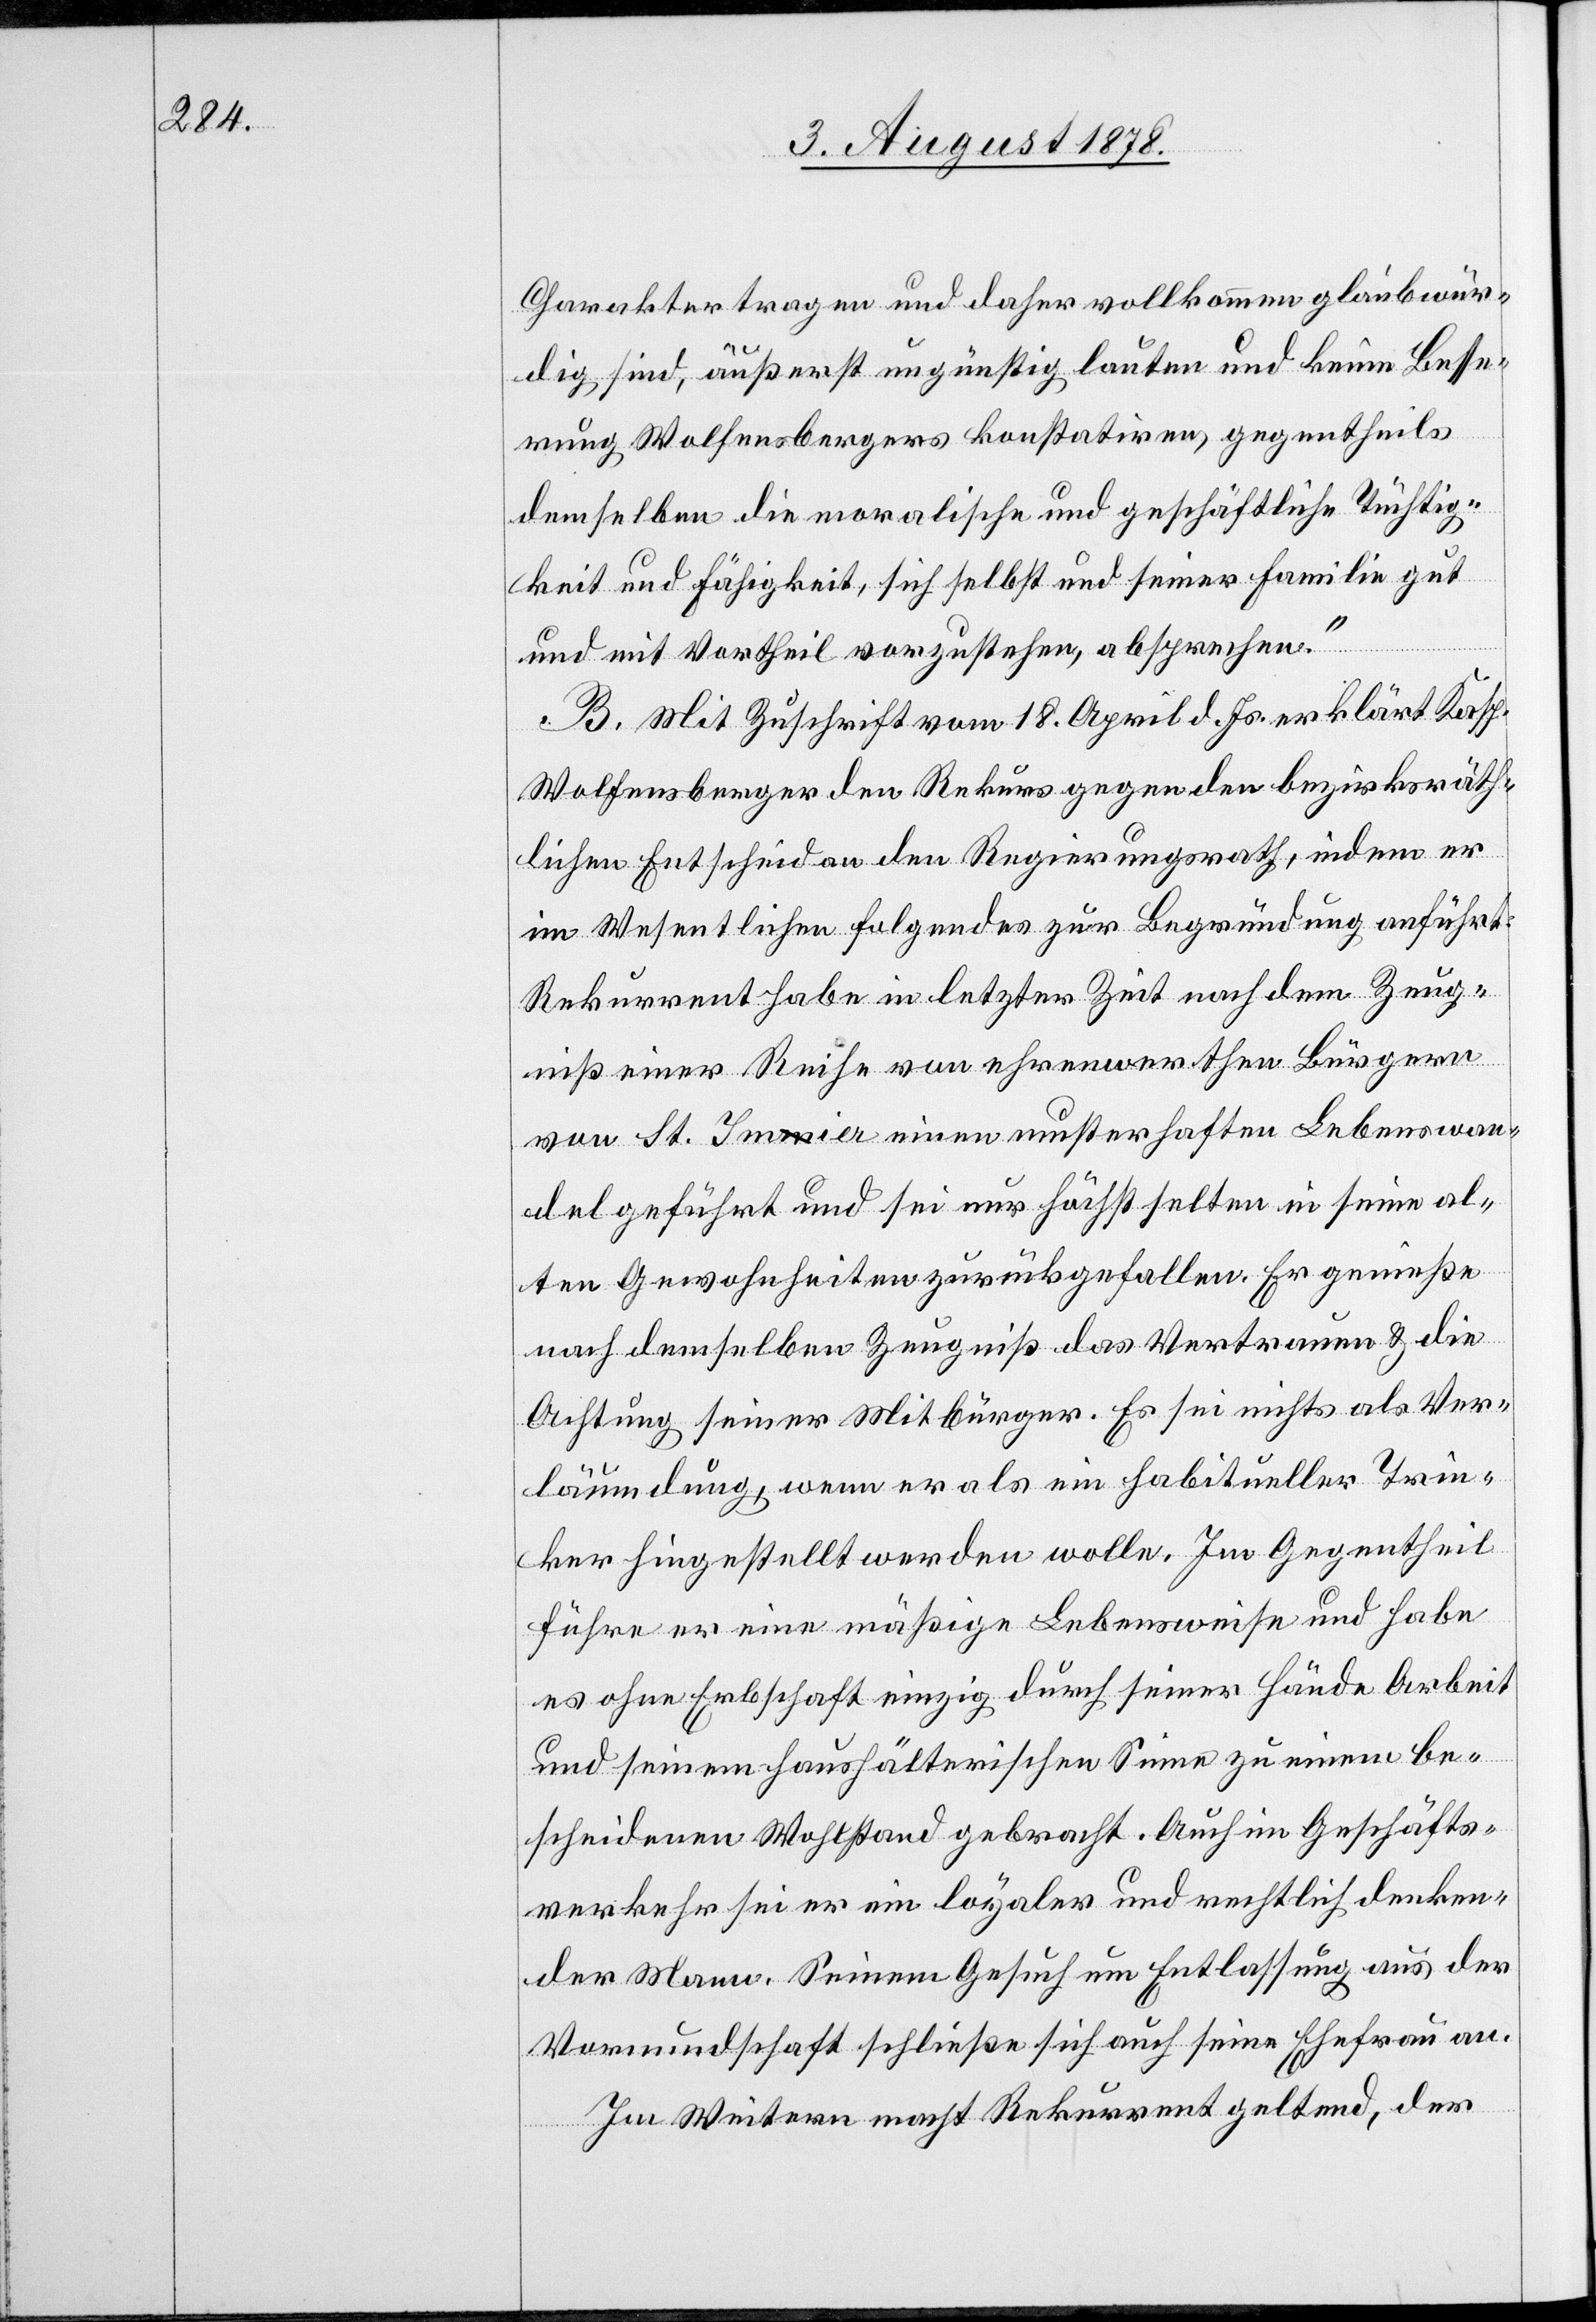
Charakter tragen und daher vollkommen glaubenswür¬
dig sind, äußerst ungünstig lauten und keine Besse¬
rung Wolfensbergers konstatitren, gegentheils
demselben die moralische und geschäftliche Tüchtig¬
keit und Fähigkeit, sich selbst und seiner Familie gut
und mit Vortheil vorzustehen, absprechen.“
B. Mit Zuschrift vom 18. April d. Js. erklärt Kasp.
Wolfensberger den Rekurs gegen den bezirksräth¬
lichen Entscheid an den Regierungsrath, indem er
im Wesentlichen Folgendes zur Begründung anführt:
Rekurrent habe in letzter Zeit nach dem Zeug¬
niß einer Reihe von ehrenwerthen Bürgern
von St. Ima-m-aer einen musterhaften Lebenswan¬
del geführt und sei nur höchst selten in seine al¬
ten Gewohnheiten zurückgefallen. Er genieße
nach demselben Zeugniß das Vertrauen & die
Achtung seiner Mitbürger. Es sei nichts als Ver¬
läumdung, wenn er als ein habitueller Trin¬
ker hingestellt werden wolle. Im Gegentheil
führe er eine mäßige Lebensweise und habe
es ohne Erbschaft einzig durch seiner Hände Arbeit
und seinem Haushälterischen Sinne zu einem be¬
scheidenen Wohlstand gebracht. Auch im Geschäfts¬
verkehr sei er ein loyaler und rechtlich denken¬
der Mann. Seinem Gesuch um Entlassung aus der
Vormundschaft schließe sich auch seine Ehefrau an.
Im Weitern macht Rekurrent geltend, der